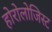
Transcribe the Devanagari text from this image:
होरोलोजिस्ट